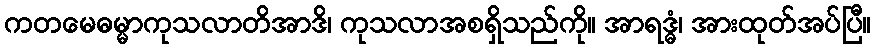
ကတမေဓမ္မာကုသလာတိအာဒိ၊ ကုသလာအစရှိသည်ကို။ အာရဒ္ဓံ၊ အားထုတ်အပ်ပြီ။